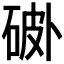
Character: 𰧅